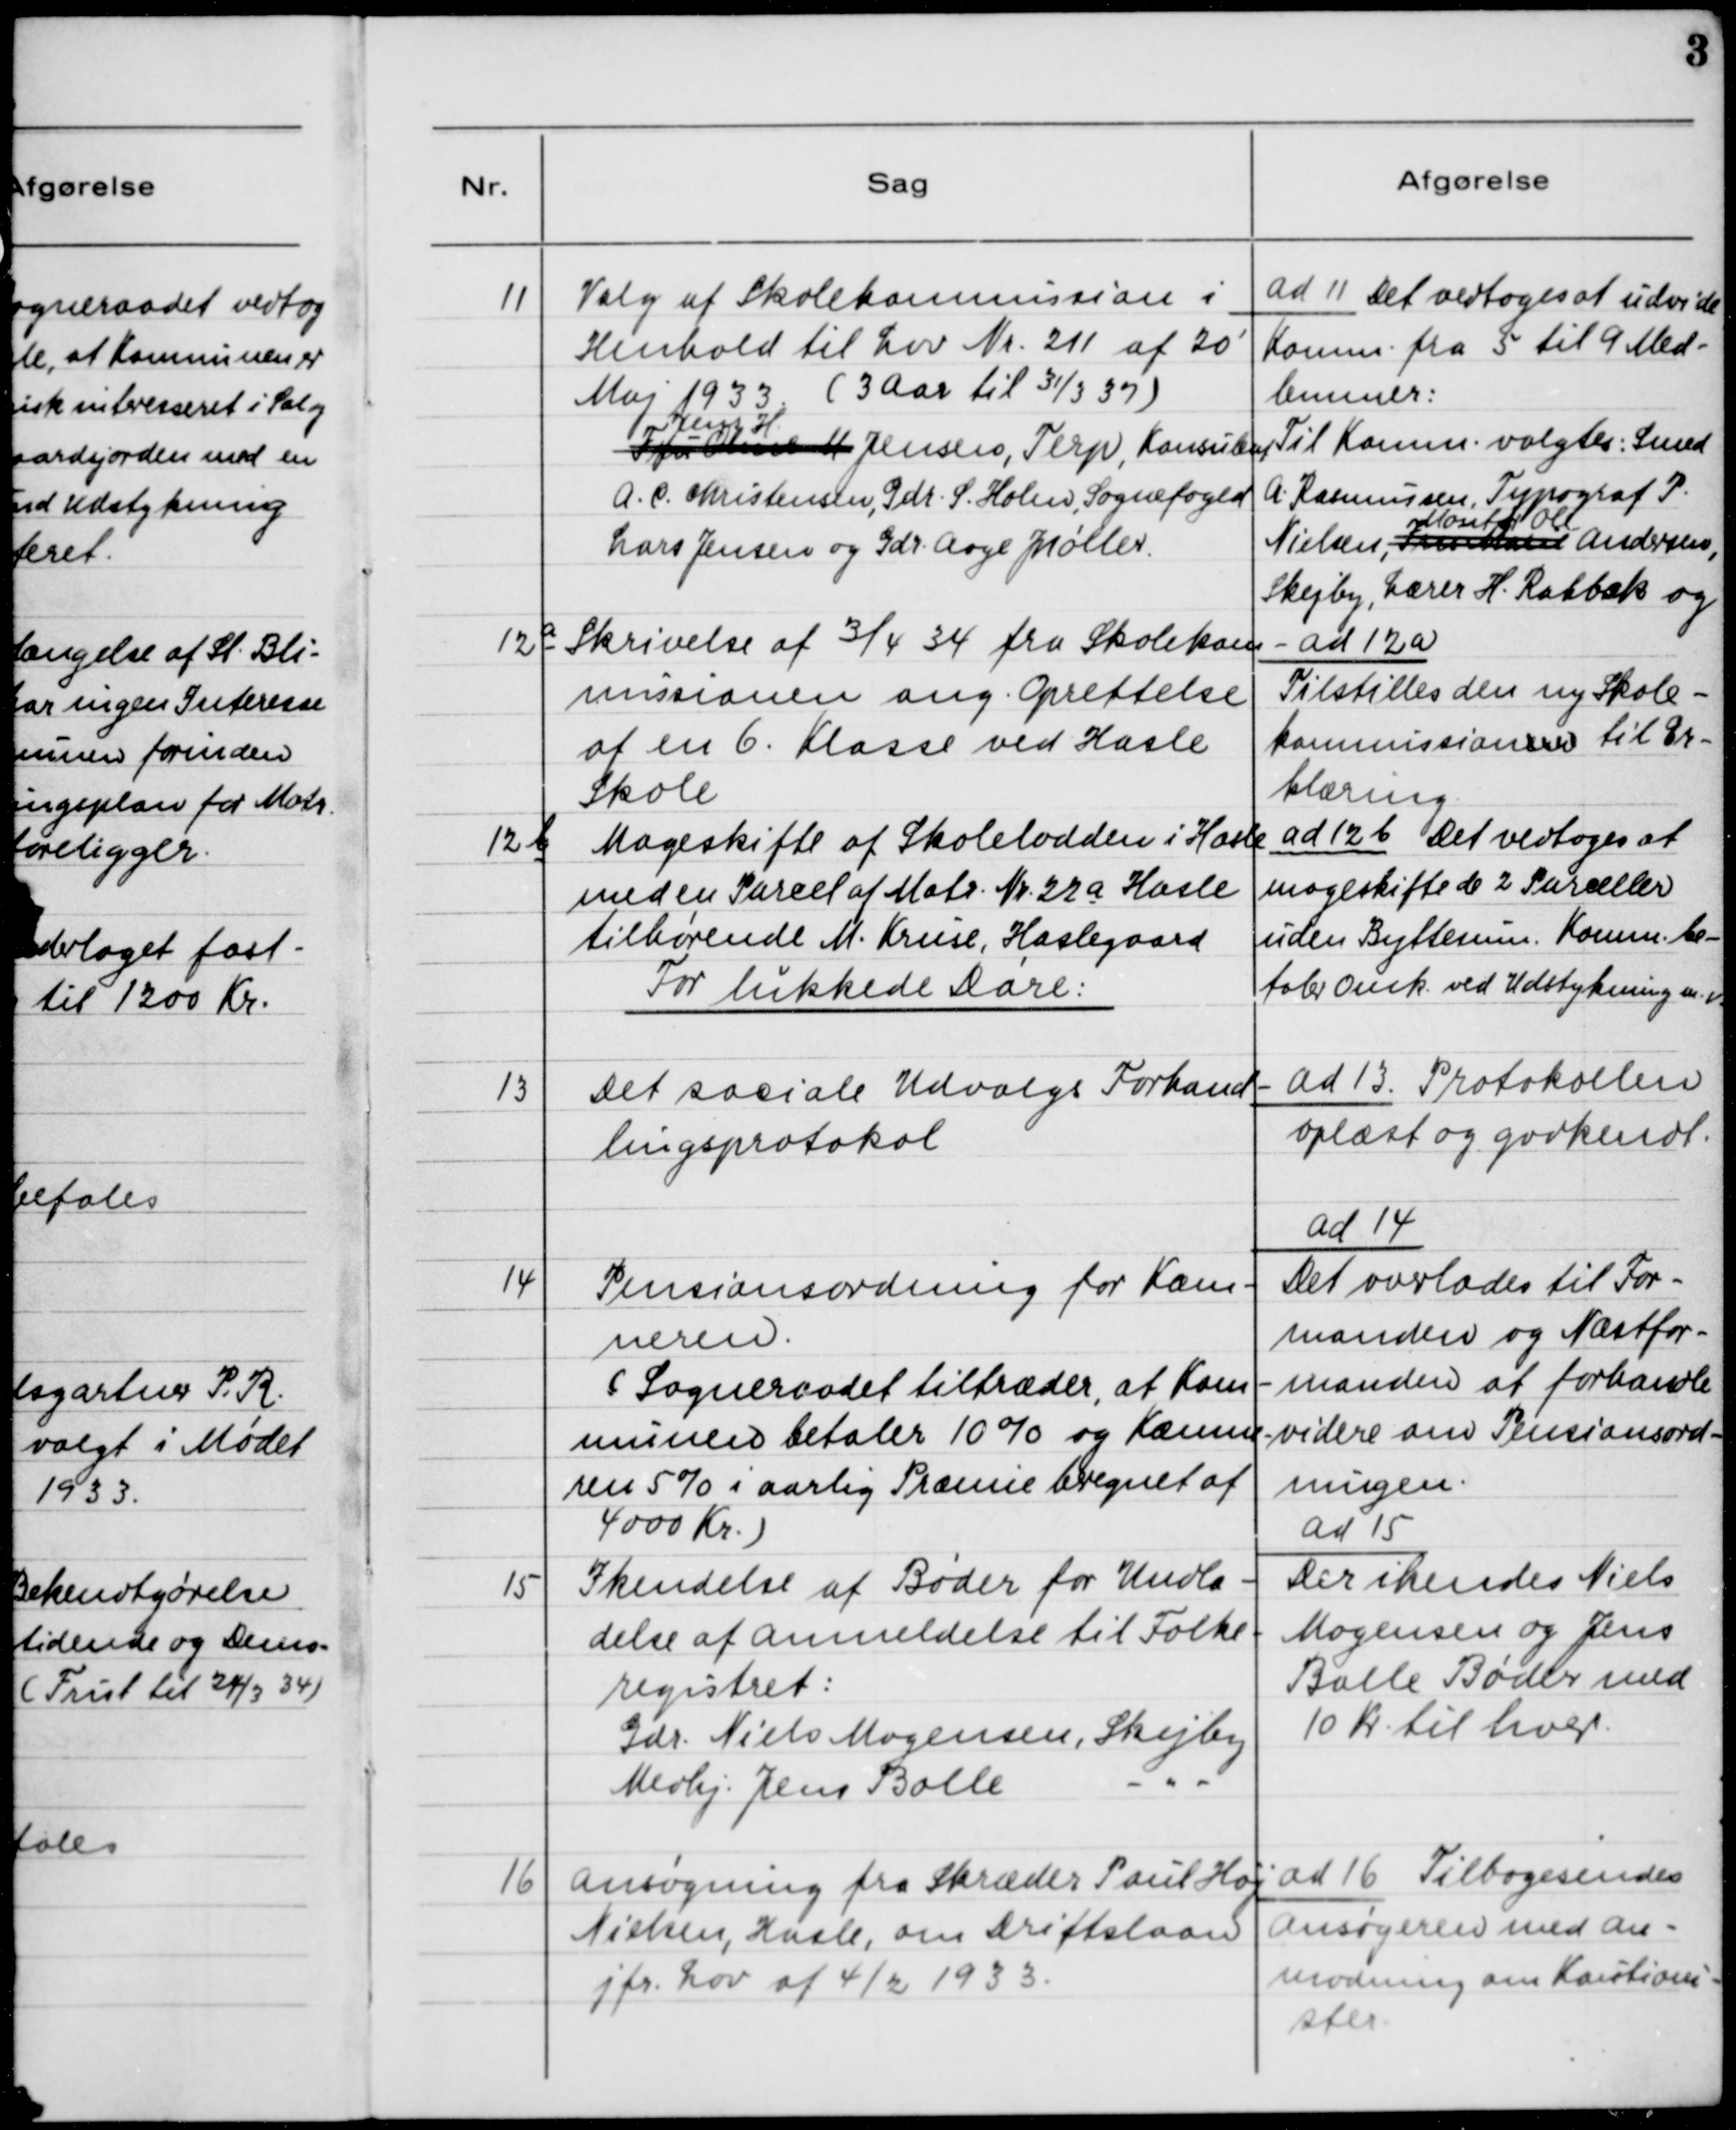
Transskription:
11

Valg af Skolekommission i
Henhold til Lov Nr. 211 af 20' 
Maj 1933 (3 Aar til 31/3 37) 
Jens H.
Fru Olsen M. Jensen, Terp, Konsulent 
A. C. Christensen, Gdr. S. Holm, Sognefoged
Lars Jensen og Gdr. Aage J. Møller

ad 11 Det vedtoges at udvide
Komm. fra 5 til 9 Med-
lemmer:
Til Komm. valgtes: Svend
A. Rasmussen, Typograf P.
Montør Ole
Nielsen, Andersen,
Skejby, Lærer H. Rahbæk og

12 a

Skrivelse af 3/4 34 fra Skolekom-
missionen ang. Oprettelse
af en 6. Klasse ved Hasle
Skole.

ad 12 a
Tilstilles den ny Skole-
kommissionner til Er-
klæring

12 b

Mageskifte af Skolelodden i Hasle
med en Parcel af Matr. Nr. 22 a Hasle
tilhørende M. Kruse, Haslegaard.

ad 12 b. Det vedtoges at
mageskifte de 2 Parceller
uden Byttesum. Komm. be-
taler Omk. ved Udstykningen m.v.

For lukkede Døre:

13

Det sociale Udvalgs Forhand-
lingsprotokol

ad 13. Protokollen
oplæst og godkendt.

14

Pensionsordning for Kæm-
neren.
(Sogneraadet tiltræder, at Kom-
munen betaler 10% og Kæmne-
ren 5% i aarlig Præmie beregnet af
4000 Kr.)

ad 14.
Det overlades til For-
manden og Næstfor-
manden at forhandle
videre om Pensionsord-
ningen.

15

Ikendelse af Bøder for Undla-
delse af Anmeldelse til Folke-
registret:
Gdr. Niels Mogensen, Skejby
-"-
Medhj. Jens Balle

ad 15
Der ikendes Niels
Mogensen og Jens
Balle Bøder med
10 Kr. til hver.

16

Ansøgning fra Skræder Poul Høj
Nielsen, Hasle, om Driftslaan
jfr. Lov af 4/2 1933.

ad 16. Tilbagesendes
Ansøgeren med An-
modning om Kautione-
ster